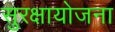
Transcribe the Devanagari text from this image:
सुरक्षायोजना